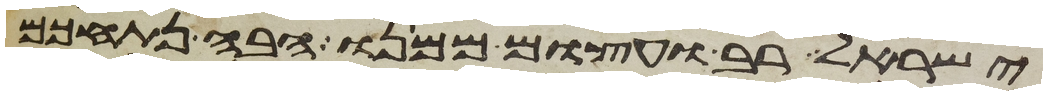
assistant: ישראל רב ועצום ממנו הבה נתחכם